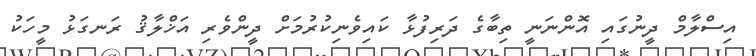
އިސްލާމް ދީނުގައި އޮންނަނީ ތިބާގެ ދަރިފުޅާ ކައިވެނިކުރުމަށް ދީންވެރި އަޚްލާޤު ރަނގަޅު މީހަކު